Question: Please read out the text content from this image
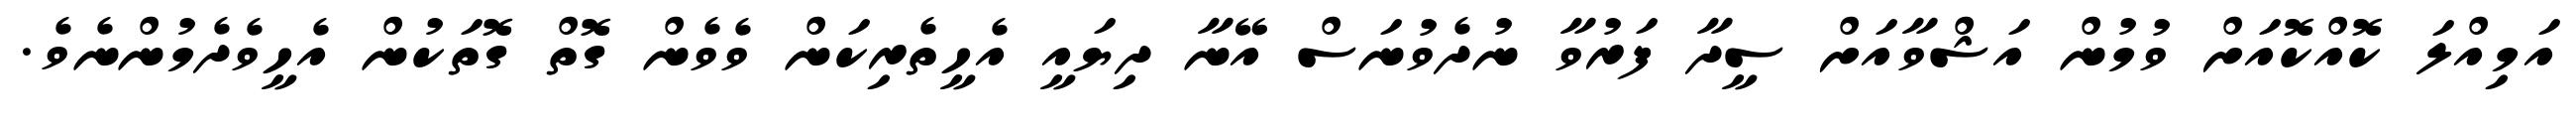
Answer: އަމިއްލަ ކޮއްކޮއަށް ވުމުން އަޝްވާއަށް ސީދާ ފަރުވާ ނުދެވުނަސް އޭނާ ދިޔައީ އެހީތެރިކަން ވެވެން ގޮތް ގޮތަކުން އެހީވެދެމުންނެވެ.